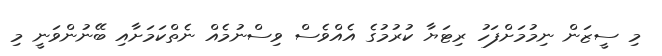
މި ސީޒަން ނިމުމަށްފަހު ރިޓަޔާ ކުރުމުގެ އެއްވެސް ވިސްނުމެއް ނެތްކަމަށާއި ބޭނުންވަނީ މި